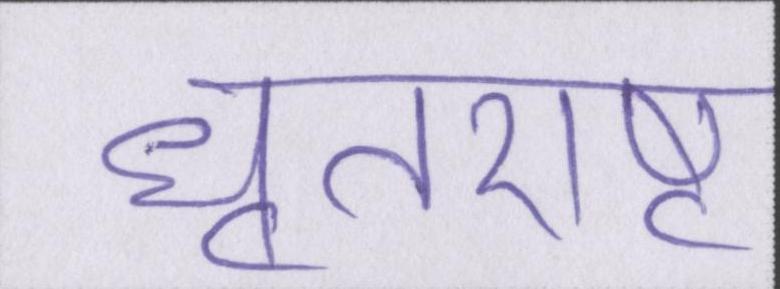
धृतराष्ट्र